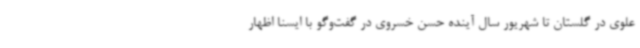
علوی در گلستان تا شهریور سال آینده حسن خسروی در گفت‌وگو با ایسنا اظهار